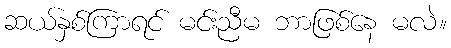
ဆယ်နှစ်ကြာရင် မင်းညီမ ဘာဖြစ်နေ မလဲ။